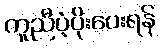
ကူညီပံ့ပိုးပေးရန်